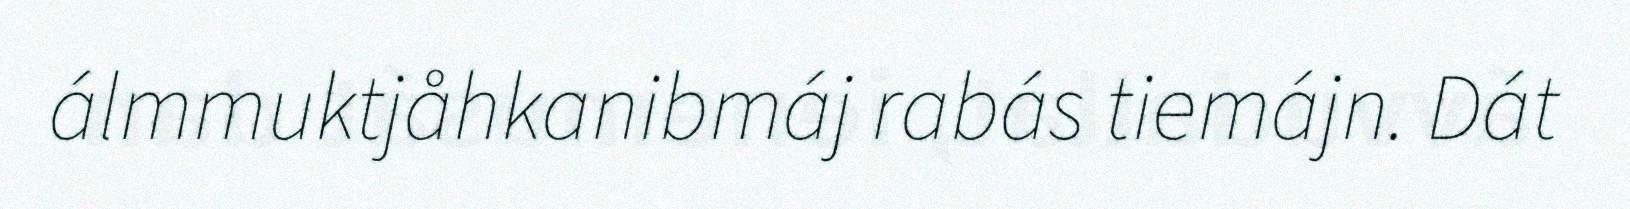
álmmuktjåhkanibmáj rabás tiemájn. Dát